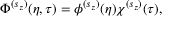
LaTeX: \Phi ^ { ( s _ { z } ) } ( \eta , \tau ) = \phi ^ { ( s _ { z } ) } ( \eta ) \chi ^ { ( s _ { z } ) } ( \tau ) ,